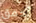
أحمق